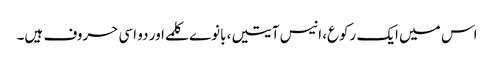
اس میں ایک رکوع، انیس آیتیں، بانوے کلمے اور دو اسی حروف ہیں۔